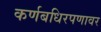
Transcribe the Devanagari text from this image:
कर्णबधिरपणावर